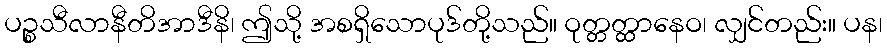
ပဉ္စသီလာနီတိအာဒီနိ၊ ဤသို့ အစရှိသောပုဒ်တို့သည်။ ဝုတ္တတ္ထာနေဝ၊ လျှင်တည်း။ ပန၊